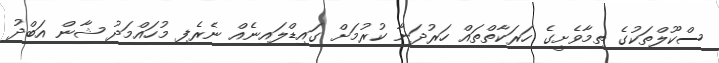
ސްކޫލްތަކުގެ ތިމާވެށީގެ ހަރަކާތްތައް ހަރުދަނާ ކުރުމަށް ގައިޑްލައިނެއް ނެރެފި މުހައްމަދު ޝާން އަބްދު